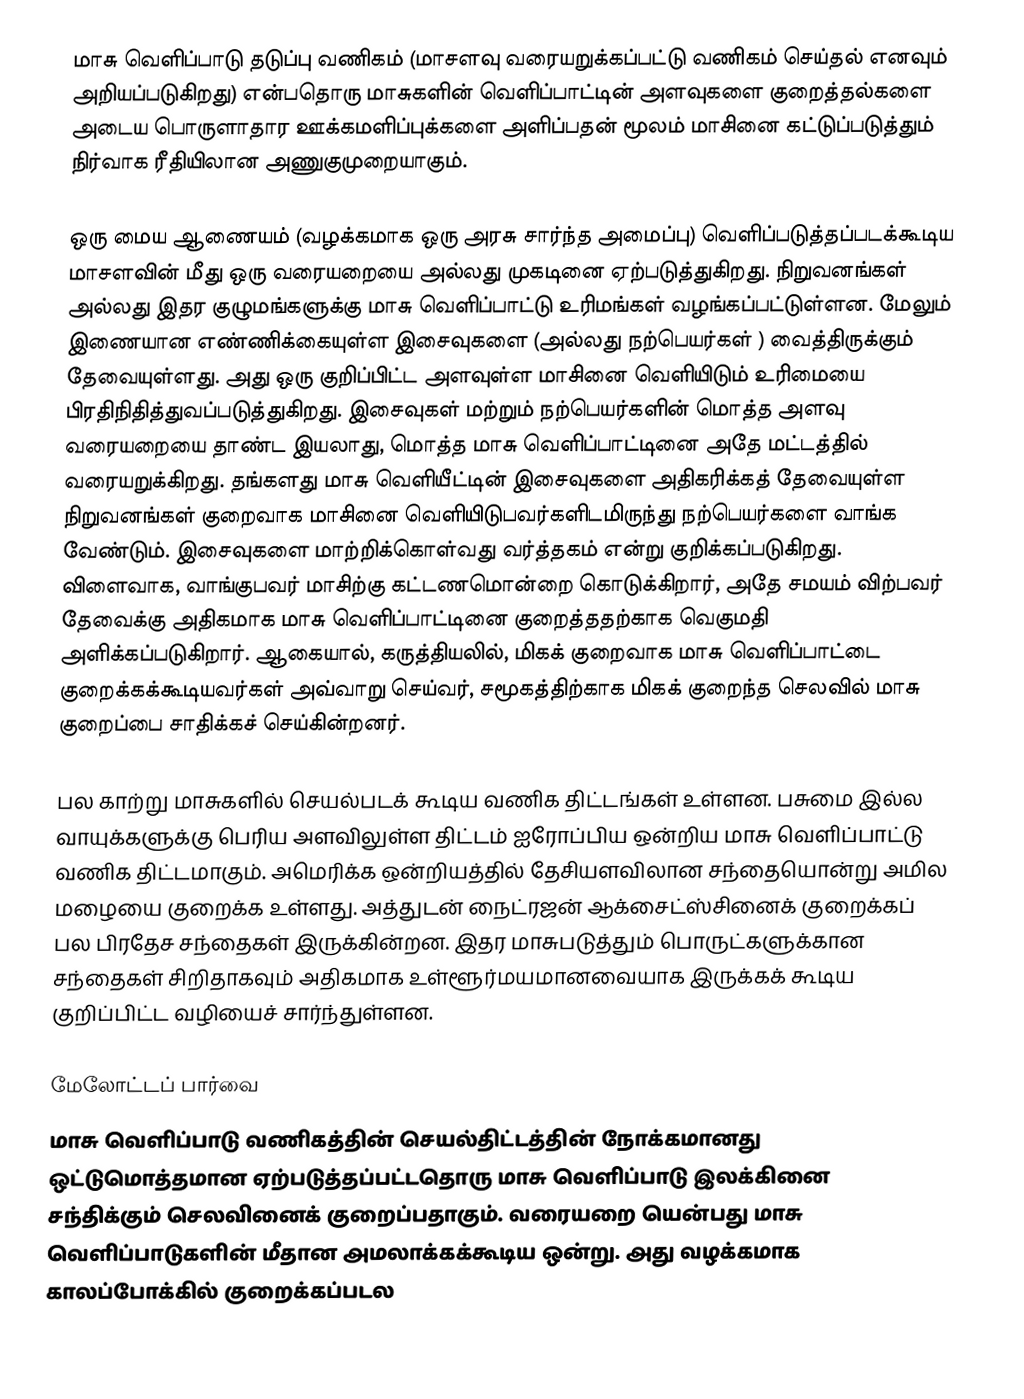
மாசு வெளிப்பாடு தடுப்பு வணிகம்  (மாசளவு வரையறுக்கப்பட்டு வணிகம் செய்தல்  எனவும் அறியப்படுகிறது) என்பதொரு மாசுகளின் வெளிப்பாட்டின் அளவுகளை குறைத்தல்களை அடைய பொருளாதார ஊக்கமளிப்புக்களை அளிப்பதன் மூலம் மாசினை கட்டுப்படுத்தும் நிர்வாக ரீதியிலான அணுகுமுறையாகும்.

ஒரு மைய ஆணையம் (வழக்கமாக ஒரு அரசு சார்ந்த அமைப்பு) வெளிப்படுத்தப்படக்கூடிய மாசளவின் மீது ஒரு வரையறையை அல்லது முகடினை  ஏற்படுத்துகிறது. நிறுவனங்கள் அல்லது இதர குழுமங்களுக்கு மாசு வெளிப்பாட்டு உரிமங்கள் வழங்கப்பட்டுள்ளன. மேலும் இணையான எண்ணிக்கையுள்ள இசைவுகளை  (அல்லது நற்பெயர்கள் ) வைத்திருக்கும் தேவையுள்ளது. அது ஒரு குறிப்பிட்ட அளவுள்ள மாசினை வெளியிடும் உரிமையை பிரதிநிதித்துவப்படுத்துகிறது. இசைவுகள் மற்றும் நற்பெயர்களின் மொத்த அளவு வரையறையை தாண்ட இயலாது, மொத்த மாசு வெளிப்பாட்டினை அதே மட்டத்தில் வரையறுக்கிறது. தங்களது மாசு வெளியீட்டின் இசைவுகளை அதிகரிக்கத் தேவையுள்ள நிறுவனங்கள் குறைவாக மாசினை வெளியிடுபவர்களிடமிருந்து நற்பெயர்களை வாங்க வேண்டும். இசைவுகளை மாற்றிக்கொள்வது வர்த்தகம் என்று குறிக்கப்படுகிறது. விளைவாக, வாங்குபவர் மாசிற்கு கட்டணமொன்றை கொடுக்கிறார், அதே சமயம் விற்பவர் தேவைக்கு அதிகமாக மாசு வெளிப்பாட்டினை குறைத்ததற்காக வெகுமதி அளிக்கப்படுகிறார். ஆகையால், கருத்தியலில், மிகக் குறைவாக மாசு வெளிப்பாட்டை குறைக்கக்கூடியவர்கள் அவ்வாறு செய்வர், சமூகத்திற்காக மிகக் குறைந்த செலவில் மாசு குறைப்பை சாதிக்கச் செய்கின்றனர்.

பல காற்று மாசுகளில் செயல்படக் கூடிய வணிக திட்டங்கள் உள்ளன. பசுமை இல்ல வாயுக்களுக்கு பெரிய அளவிலுள்ள திட்டம் ஐரோப்பிய ஒன்றிய மாசு வெளிப்பாட்டு வணிக திட்டமாகும். அமெரிக்க ஒன்றியத்தில் தேசியளவிலான சந்தையொன்று அமில மழையை குறைக்க உள்ளது. அத்துடன் நைட்ரஜன் ஆக்சைட்ஸ்சினைக் குறைக்கப் பல பிரதேச சந்தைகள் இருக்கின்றன. இதர மாசுபடுத்தும் பொருட்களுக்கான சந்தைகள் சிறிதாகவும் அதிகமாக உள்ளூர்மயமானவையாக இருக்கக் கூடிய குறிப்பிட்ட வழியைச் சார்ந்துள்ளன.

மேலோட்டப் பார்வை
மாசு வெளிப்பாடு வணிகத்தின் செயல்திட்டத்தின் நோக்கமானது ஒட்டுமொத்தமான ஏற்படுத்தப்பட்டதொரு மாசு வெளிப்பாடு இலக்கினை சந்திக்கும் செலவினைக் குறைப்பதாகும். வரையறை யென்பது மாசு வெளிப்பாடுகளின் மீதான அமலாக்கக்கூடிய ஒன்று. அது வழக்கமாக காலப்போக்கில் குறைக்கப்படல